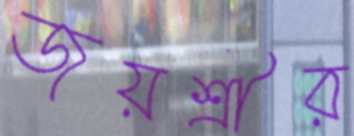
জয়শ্রীর